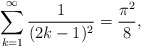
\begin{align*}\sum_{k=1}^{\infty}\frac{1}{(2k-1)^2}=\frac{\pi^2}{8},\end{align*}